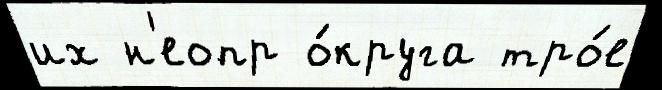
их н'еопр о́круга тро́е